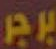
برجر